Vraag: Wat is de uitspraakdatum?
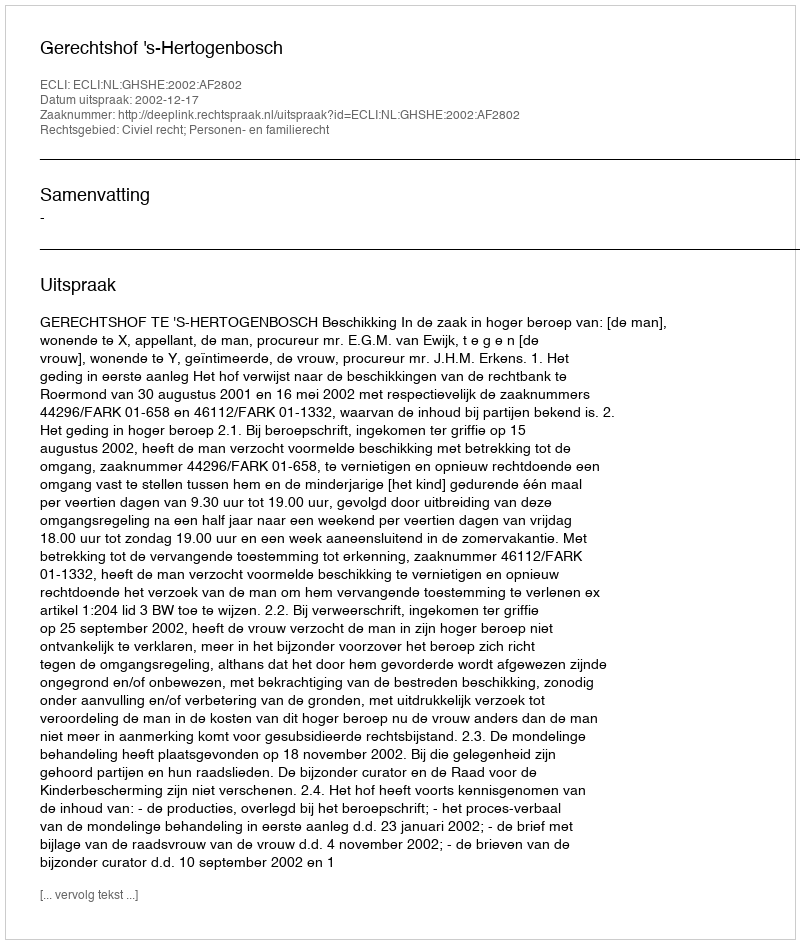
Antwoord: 2002-12-17